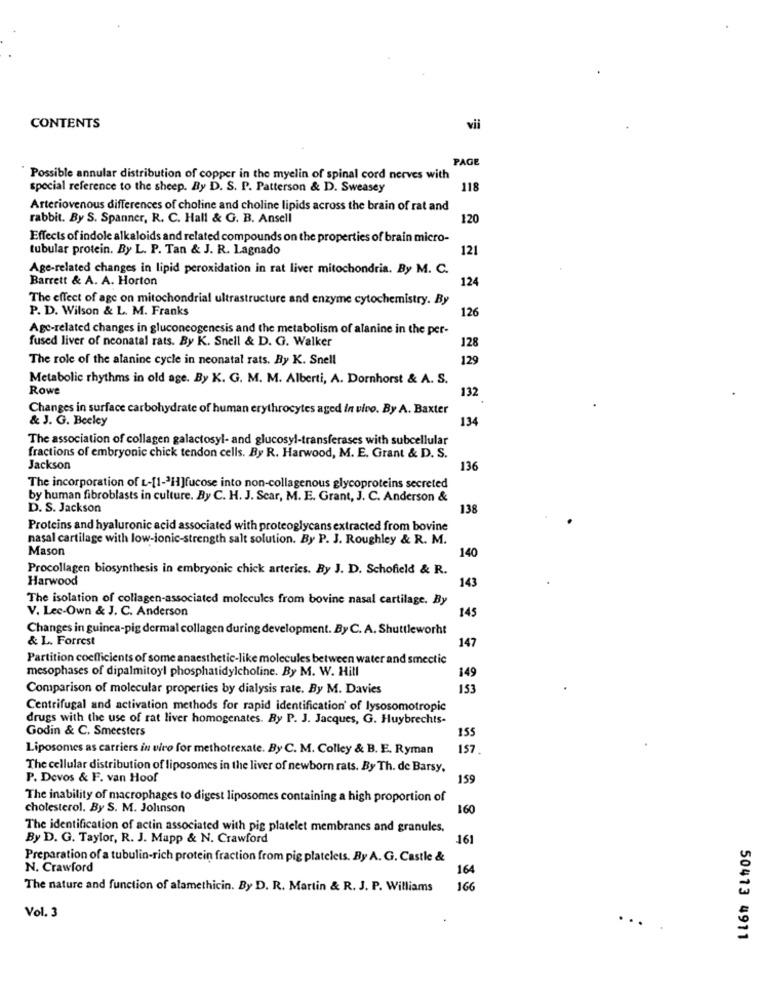
CONTENTS
vii
PAGE
Possible annular distribution of copper in the myelin of spinal cord nerves with
special reference to the sheep. By D. S. P. Patterson & D. Sweasey
118
Arteriovenous differences of choline and choline lipids across the brain of rat and
rabbit. By S. Spanner, R. C. Hall & G. B. Ansell
120
Effects of indole alkaloids and related compounds on the properties of brain micro-
tubular protein. By L. P. Tan & J. R. Lagnado
121
Age-related changes in lipid peroxidation in rat liver mitochondria. By M. C.
Barrett & A. A. Horton
124
The effect of age on mitochondrial ultrastructure and enzyme cytochemistry. By
P. D. Wilson & L. M. Franks
126
Age-related changes in gluconeogenesis and the metabolism of alanine in the per-
fused liver of neonatal rats. By K. Snell & D. G. Walker
128
The role of the alanine cycle in neonatal rats. By K. Snell
129
Metabolic rhythms in old age. By K. G. M. M. Alberti, A. Dornhorst & A. S.
Rowe
132
Changes in surface carbohydrate of human erythrocytes aged in vivo. By A. Baxter
& J. G. Beeley
134
The association of collagen galactosyl- and glucosyl-transferases with subcellular
fractions of embryonic chick tendon cells. By R. Harwood, M. E. Grant & D. S.
Jackson
136
The incorporation of L-[1-3H]fucose into non-collagenous glycoproteins secreted
by human fibroblasts in culture. By C. H. J. Scar, M. E. Grant, J. C. Anderson &
D. S. Jackson
138
Proteins and hyaluronic acid associated with proteoglycans extracted from bovine
nasal cartilage with low-jonic-strength salt solution. By P. J. Roughley & R. M.
Mason
140
Procollagen biosynthesis in embryonic chick arteries. By J. D. Schofield & R.
Harwood
143
The isolation of collagen-associated molecules from bovine nasal cartilage. By
V. Lec-Own & J. C. Anderson
145
Changes in guinea-pig dermal collagen during development. By C. A. Shuttleworht
& L. Forrest
147
Partition coefficients of some anaesthetic-like molecules between water and smectic
mesophases of dipalmitoyl phosphatidylcholine. By M. W. Hill
149
Comparison of molecular properties by dialysis rate. By M. Davies
153
Centrifugal and activation methods for rapid identification of lysosomotropic
drugs with the use of rat liver homogenates. By P. J. Jacques, G. Huybrechts-
Godin & C. Smeesters
155
Liposomes as carriers in vivo for methotrexate. By C. M. Colley & B. E. Ryman
157
The cellular distribution of liposomes in the liver of newborn rats. By Th. de Barsy.
P. Devos & F. van Hoof
159
The inability of macrophages to digest liposomes containing a high proportion of
cholesterol. By S. M. Jolinson
160
The identification of actin associated with pig platelet membranes and granules,
By D. G. Taylor, R. J. Mapp & N. Crawford
161
Preparation of a tubulin-rich protein fraction from pig platelets. By A. G. Castle &
N. Crawford
164
The nature and function of alamethicin. By D. R. Martin & R. J. P. Williams
166
Vol. 3
..
50413 4911